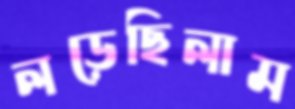
লড়েছিলাম